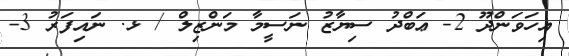
އިހަވަންދޫ 2- ޢަބްދު ސިޔާޒު ނަސީމާ މަންޒިލް / ޅ. ނައިފަރު 3-